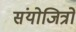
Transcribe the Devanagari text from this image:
संयोजित्रों